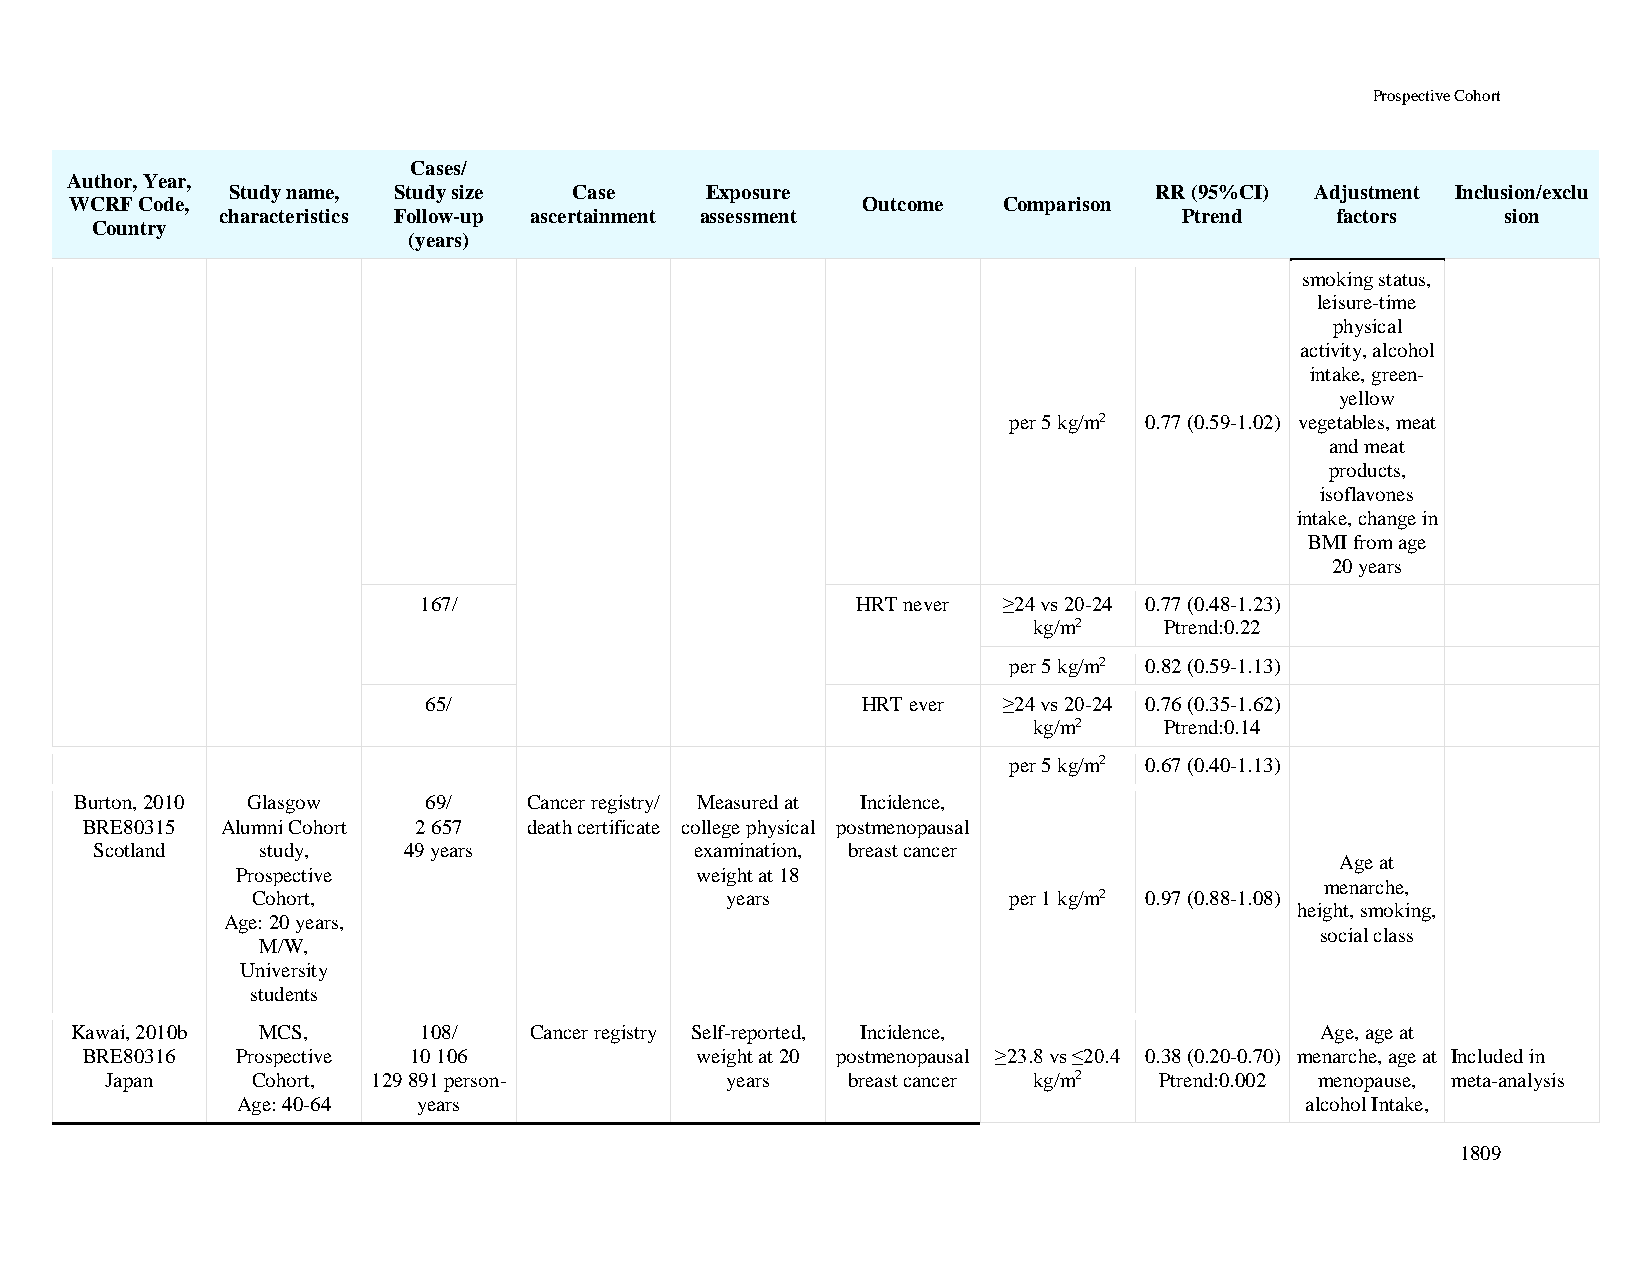
Prospective Cohort
 Cases/
 Author, Year,
 Study name, Study size Case     Exposure                     RR (95%CI) Adjustment Inclusion/exclu
 WCRF Code,                                          Outcome  Comparison
 characteristics Follow-up ascertainment assessment             Ptrend    factors     sion
 Country
 (years)
 smoking status,
 leisure-time
 physical
 activity, alcohol
 intake, green-
 yellow
 per 5 kg/m2 0.77 (0.59-1.02) vegetables, meat
 and meat
 products,
 isoflavones
 intake, change in
 BMI from age
 20 years
 167/                         HRT never ≥24 vs 20-24 0.77 (0.48-1.23)
 kg/m2    Ptrend:0.22
 per 5 kg/m2 0.82 (0.59-1.13)
 65/                          HRT ever ≥24 vs 20-24 0.76 (0.35-1.62)
 kg/m2    Ptrend:0.14
 per 5 kg/m2 0.67 (0.40-1.13)
 Burton, 2010 Glasgow   69/    Cancer registry/ Measured at Incidence,
 BRE80315  Alumni Cohort 2 657 death certificate college physical postmenopausal
 Scotland   study,    49 years           examination, breast cancer
 Age at
 Prospective                   weight at 18
 menarche,
 Cohort,                        years              per 1 kg/m2 0.97 (0.88-1.08)
 height, smoking,
 Age: 20 years,
 social class
 M/W,
 University
 students
 Kawai, 2010b MCS,      108/   Cancer registry Self-reported, Incidence,           Age, age at
 BRE80316   Prospective 10 106            weight at 20 postmenopausal ≥23.8 vs ≤20.4 0.38 (0.20-0.70) menarche, age at Included in
 Japan     Cohort, 129 891 person-        years   breast cancer kg/m2  Ptrend:0.002 menopause, meta-analysis
 Age: 40-64  years                                                     alcohol Intake,
 1809